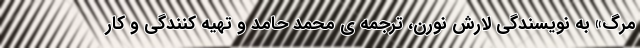
مرگ» به نویسندگی لارش نورن، ترجمه ی محمد حامد و تهیه کنندگی و کار